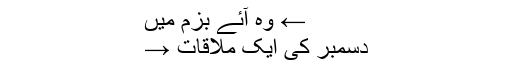
← وہ آئے بزم میں
دسمبر کی ایک ملاقات →